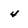
Character: 4